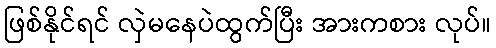
ဖြစ်နိုင်ရင် လှဲမနေပဲထွက်ပြီး အားကစား လုပ်။